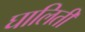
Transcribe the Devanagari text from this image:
घालिती